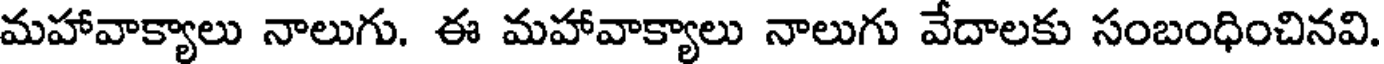
మహావాక్యాలు నాలుగు. ఈ మహావాక్యాలు నాలుగు వేదాలకు సంబంధించినవి